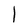
Character: l